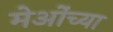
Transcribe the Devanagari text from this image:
मेओंच्या